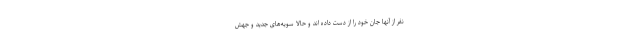
نفر از آنها جان خود را از دست داده اند و حالا سویه‌های جدید و جهش